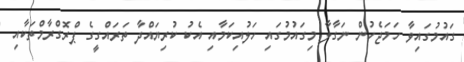
ގައުމުގައިވާ ހަމަޖެހުން ނަގާލާ މިގައުމުގައި ހަލުއިކަމާއި އެކު ކުރިޔައްދާ ތަރައްގީގެ ޕްރޮގްރާމްތަކާއި